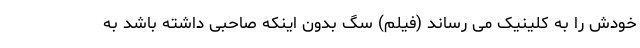
خودش را به کلینیک می رساند (فیلم) سگ بدون اینکه صاحبی داشته باشد به